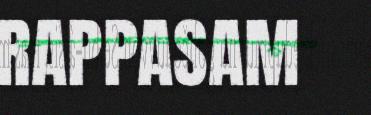
RAPPASAM